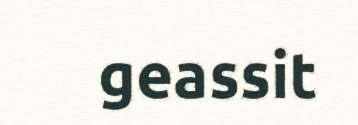
geassit